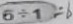
6 \div 1 = 6